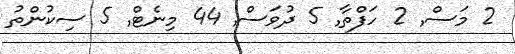
2 މަސް